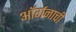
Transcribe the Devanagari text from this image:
ऑर्गनाची